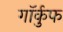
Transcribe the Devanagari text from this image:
गॉर्कुफ